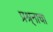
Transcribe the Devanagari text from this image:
प्रश्र्नाचा